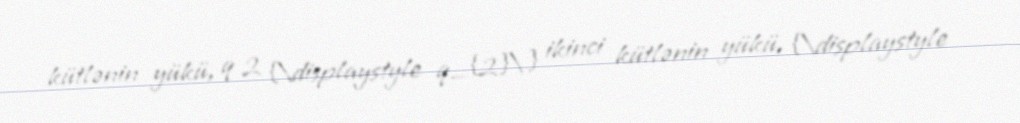
kütlənin yükü, q 2 {\displaystyle q_{2}\ } ikinci kütlənin yükü, {\displaystyle